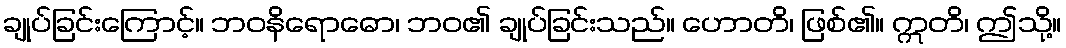
ချုပ်ခြင်းကြောင့်။ ဘဝနိရောဓော၊ ဘဝ၏ ချုပ်ခြင်းသည်။ ဟောတိ၊ ဖြစ်၏။ ဣတိ၊ ဤသို့။